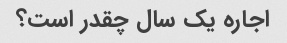
اجاره یک سال چقدر است؟